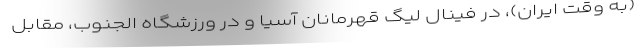
(به وقت ایران)، در فینال لیگ قهرمانان آسیا و در ورزشگاه الجنوب، مقابل